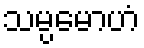
သမ္ပမောဟံ